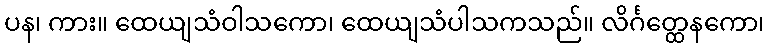
ပန၊ ကား။ ထေယျသံဝါသကော၊ ထေယျသံပါသကသည်။ လိင်္ဂတ္ထေနကော၊